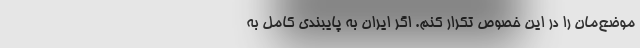
موضع‌مان را در این خصوص تکرار کنم‌. اگر ایران به پایبندی کامل به